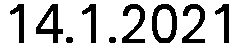
14.1.2021